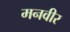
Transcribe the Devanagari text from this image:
मनवीर